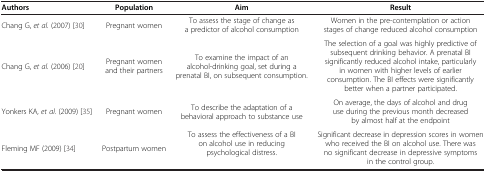
| Authors | Population | Aim | Result |
 | --- | --- | --- | --- |
 | Chang G, et al. (2007) [30] | Pregnant women | To assess the stage of change as a predictor of alcohol consumption | Women in the pre-contemplation or action stages of change reduced alcohol consumption |
 | Chang G, et al. (2006) [20] | Pregnant women and their partners | To examine the impact of an alcohol-drinking goal, set during a prenatal BI, on subsequent consumption. | The selection of a goal was highly predictive of subsequent drinking behavior. A prenatal BI significantly reduced alcohol intake, particularly in women with higher levels of earlier consumption. The BI effects were significantly better when a partner participated. |
 | Yonkers KA, et al. (2009) [35] | Pregnant women | To describe the adaptation of a behavioral approach to substance use | On average, the days of alcohol and drug use during the previous month decreased by almost half at the endpoint |
 | Fleming MF (2009) [34] | Postpartum women | To assess the effectiveness of a BI on alcohol use in reducing psychological distress. | Significant decrease in depression scores in women who received the BI on alcohol use. There was no significant decrease in depressive symptoms in the control group. |